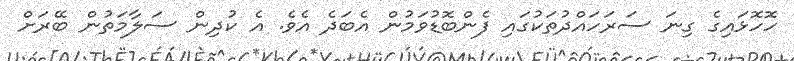
ހޮހޮޅައިގެ ގިނަ ސަރަހައްދުތަކުގައި ފެންބޮޑުވަމުން އެބަދެ އެވެ. އެ ކުދިން ސަލާމަތުން ބޭރަށް